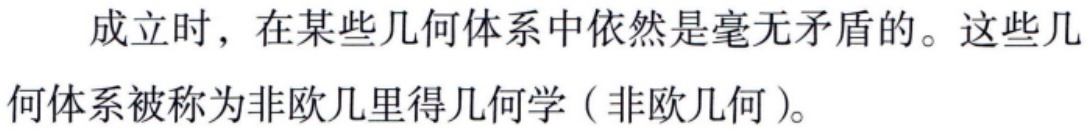
成立时，在某些几何体系中依然是毫无矛盾的。这些几何体系被称为非欧几里得几何学（非欧几何）。